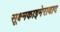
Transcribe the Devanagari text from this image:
सूक्ष्मकाइमेरावाद